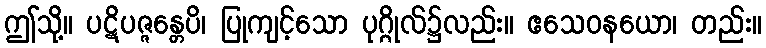
ဤသို့။ ပဋိပဇ္ဇန္တေပိ၊ ပြုကျင့်သော ပုဂ္ဂိုလ်၌လည်း။ ဧသေဝနယော၊ တည်း။